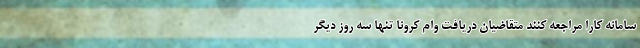
سامانه کارا مراجعه کنند متقاضیان دریافت وام کرونا تنها سه روز دیگر